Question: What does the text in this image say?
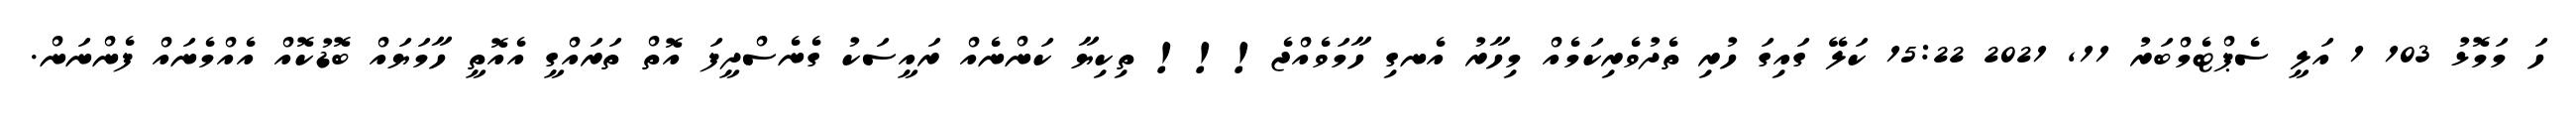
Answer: ހަ މަމޮޅު 103 1 އަލީ ސެޕްޓެމްބަރު 11, 2021 15:22 ކަލޭ ގައިގަ ހުރި ތެދުވެރިކަމެއް މިހާރު އެނގި ހާމަވެއްޖެ!!! ތިކިޔާ ކަންނެއް ރައީސަކު ގެނެސްދީފަ އޮތް ތަރައްގީ އެއޮތީ ހާމަޔައް ބޮޑުކޮއް އެއްމެނައް ފެންނަން.